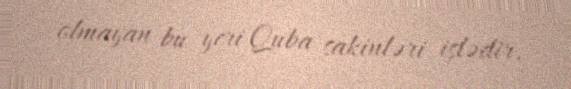
olmayan bu yeri Quba sakinləri işlədir.